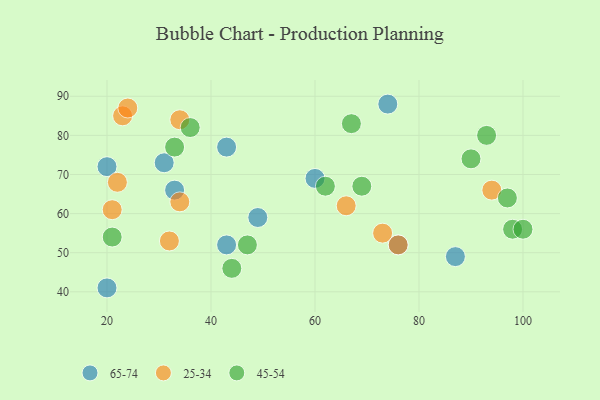
{"axis": {"x": "GDP", "y": "Life Expectancy"}, "legend": ["25-34", "45-54", "65-74"], "data": [{"x": "20", "y": 41, "type": "65-74"}, {"x": "87", "y": 49, "type": "65-74"}, {"x": "20", "y": 72, "type": "65-74"}, {"x": "33", "y": 66, "type": "65-74"}, {"x": "43", "y": 77, "type": "65-74"}, {"x": "31", "y": 73, "type": "65-74"}, {"x": "74", "y": 88, "type": "65-74"}, {"x": "60", "y": 69, "type": "65-74"}, {"x": "49", "y": 59, "type": "65-74"}, {"x": "76", "y": 52, "type": "65-74"}, {"x": "43", "y": 52, "type": "65-74"}, {"x": "73", "y": 55, "type": "25-34"}, {"x": "34", "y": 63, "type": "25-34"}, {"x": "66", "y": 62, "type": "25-34"}, {"x": "23", "y": 85, "type": "25-34"}, {"x": "32", "y": 53, "type": "25-34"}, {"x": "22", "y": 68, "type": "25-34"}, {"x": "21", "y": 61, "type": "25-34"}, {"x": "76", "y": 52, "type": "25-34"}, {"x": "24", "y": 87, "type": "25-34"}, {"x": "34", "y": 84, "type": "25-34"}, {"x": "94", "y": 66, "type": "25-34"}, {"x": "90", "y": 74, "type": "45-54"}, {"x": "98", "y": 56, "type": "45-54"}, {"x": "36", "y": 82, "type": "45-54"}, {"x": "69", "y": 67, "type": "45-54"}, {"x": "47", "y": 52, "type": "45-54"}, {"x": "67", "y": 83, "type": "45-54"}, {"x": "97", "y": 64, "type": "45-54"}, {"x": "62", "y": 67, "type": "45-54"}, {"x": "44", "y": 46, "type": "45-54"}, {"x": "21", "y": 54, "type": "45-54"}, {"x": "33", "y": 77, "type": "45-54"}, {"x": "100", "y": 56, "type": "45-54"}, {"x": "93", "y": 80, "type": "45-54"}]}